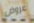
عروض